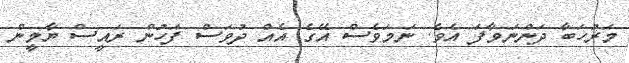
މަރުހަބާ ދަންނަވާފަ އެވެ. ނަމަވެސް އޭގެ އެއް ދުވަސް ފަހުން ރައީސް ޔާމީން